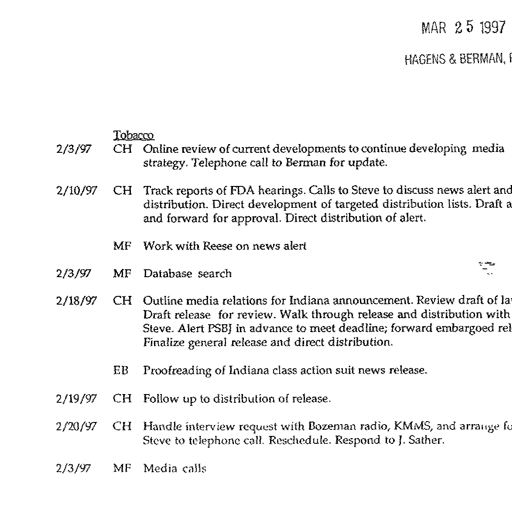
MAR 2 5 1997

HAGENS & BERMAN,

Tobacco
2/3/97 CH Online review of current developments to continue developing media
strategy. Telephone call to Berman for update.

2/10/97 CH Track reports of FDA hearings. Calls to Steve to discuss news alert and
distribution. Direct development of targeted distribution lists. Draft
and forward for approval. Direct distribution of alert.

MF Work with Reese on news alert

2/3/97 MF Database search

2/18/97 CH Outline media relations for Indiana announcement. Review draft of la
Draft release for review. Walk through release and distribution with
Steve. Alert PSBJ in advance to meet deadline; forward embargoed rel
Finalize general release and direct distribution.

EB Proofreading of Indiana class action suit news release.

2/19/97 CH Follow up to distribution of release.

2/20/97 CH Handle interview request with Bozeman radio, KMMS, and arrange fu
Steve to telephone call. Reschedule. Respond to J. Sather.

2/3/97 MF Media calls